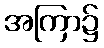
အကြာ၌